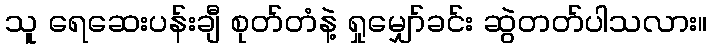
သူ ရေဆေးပန်းချီ စုတ်တံနဲ့ ရှုမျှော်ခင်း ဆွဲတတ်ပါသလား။